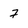
Character: 7